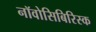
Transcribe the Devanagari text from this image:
नॉवोसिबिरिस्क